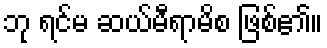
ဘု ရင်မ ဆယ်မီရာမိစ ဖြစ်၏။